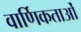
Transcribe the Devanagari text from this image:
वार्णिकताओं